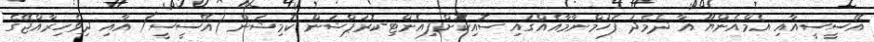
އޭސީސީއާއި އެމްއެންޔޫ އާ ދެމެދު ފަހުމްނާމާއެއްގައި ސޮއިކޮށްފިއެންޓި-ކޮރަޕްޝަން ކޮމިޝަން (އޭސީސީ) އާއި ދިވެހިރާއްޖޭގެ